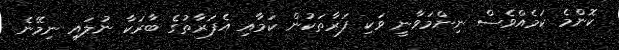
ކޮންމެ ކަމެއްވެސް ނިންމަވާނީ ވަކި ފަރާތަކުން ކަމާއި އެފަރާތުގެ ބާރަކާ ނުލައި ނިމޭނެ